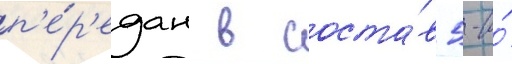
п'е́р'едан в соста́в 5-и́